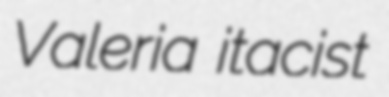
Valeria itacist